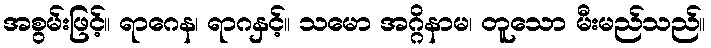
အစွမ်းဖြင့်။ ရာဂေန၊ ရာဂနှင့်။ သမော အဂ္ဂိနာမ၊ တူသော မီးမည်သည်။